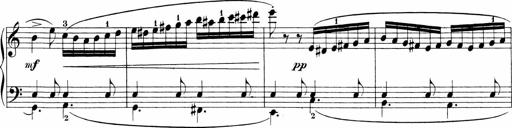
Title: 3 Sonatinas
Composer: Carl Reinecke